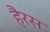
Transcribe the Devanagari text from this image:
हैरस